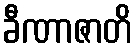
ခီဏာဇာတိ